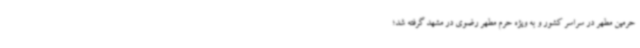
حرمین مطهر در سراسر کشور و به ویژه حرم مطهر رضوی در مشهد گرفته شد؛